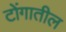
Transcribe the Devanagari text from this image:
टोंगातील